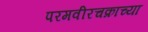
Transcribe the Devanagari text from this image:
परमवीरचक्राच्या